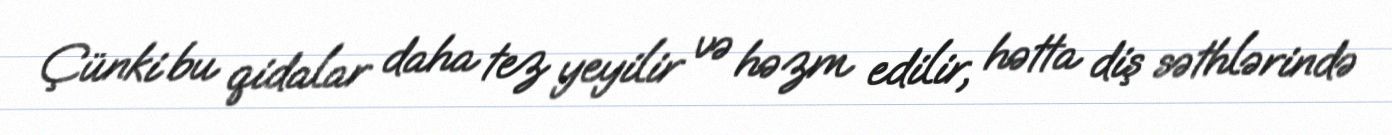
Çünki bu qidalar daha tez yeyilir və həzm edilir, hətta diş səthlərində